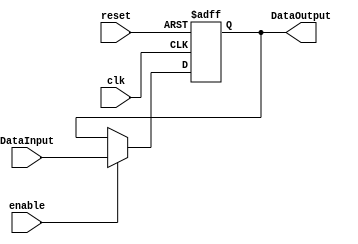
/******************************************************************
* Description
*	This the basic register that is used in the register file
*	1.0
* Author:
*	Dr. Jos Luis Pizano Escalante
* email:
*	luispizano@iteso.mx
* Date:
*	01/03/2014
******************************************************************/
module Register
#(
	parameter N=32
)
(
	input clk,
	input reset,
	input enable,
	input  [N-1:0] DataInput,
	
	
	output reg [N-1:0] DataOutput
);

always@(negedge reset or negedge clk) begin //set ti begedge so it reads value on flanco de bajada
	if(reset==0)
		DataOutput <= 0;
	else	
		if(enable==1)
			DataOutput<=DataInput;
end

endmodule
//register//